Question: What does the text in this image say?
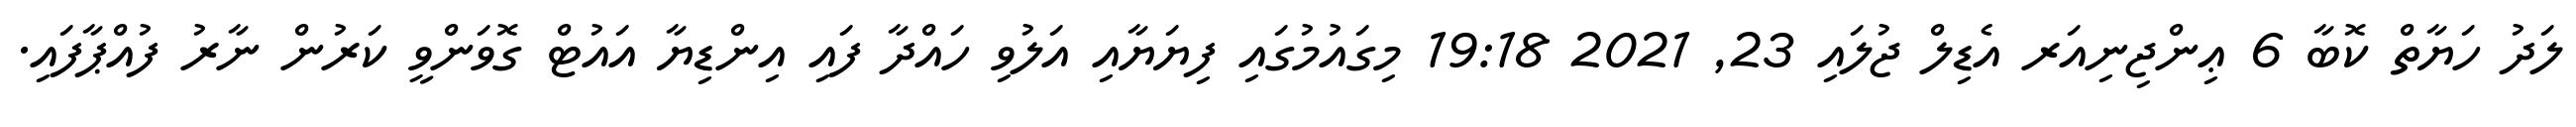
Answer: ލަދު ހަޔާތް ކޮބާ 6 ޢިންޖިނިއަރ އެޑިލް ޖުލައި 23, 2021 19:18 މިގައުމުގައި ފިޔަޔާއި އަލުވި ހައްދާ ފައި އިންޑިޔާ އައުޓް ގޮވަންވީ ކަރުން ނާރު ފުއްޕާފައި.